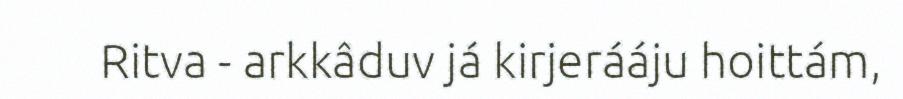
Ritva - arkkâduv já kirjerááju hoittám,